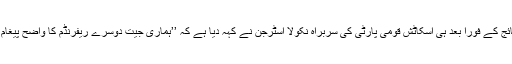
ان نتائج کے فوراً بعد ہی اسکاٹش قومی پارٹی کی سربراہ نکولا اسٹرجن نے کہہ دیا ہے کہ ’’ہماری جیت دوسرے ریفرنڈم کا واضح پیغام ہے!